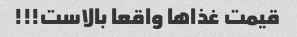
قیمت غذا‌ها واقعا بالاست!!!